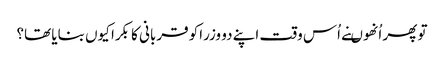
تو پھر اُنھوںنے اُس وقت اپنے دو وزراکو قربانی کا بکرا کیوں بنایا تھا؟